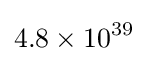
4.8\times 10^{39}